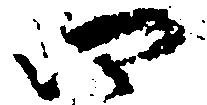
四